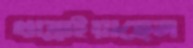
খাব্‌লাইয়াছেন